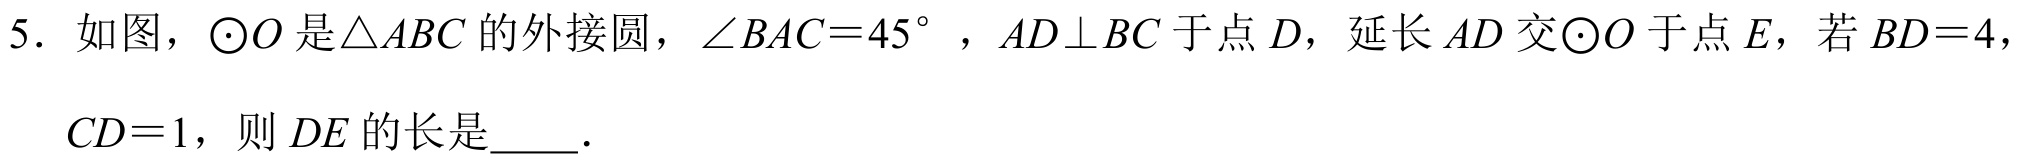
5. 如图，\(\odot O\) 是\(\triangle ABC\) 的外接圆，\(\angle BAC = 45^{\circ}\)，\(AD\perp BC\) 于点 \(D\)，延长 \(AD\) 交\(\odot O\) 于点 \(E\)，若 \(BD = 4\)，

\(CD = 1\)，则 \(DE\) 的长是\underline{\quad\quad}.